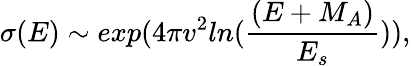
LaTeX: \sigma(E)\sim exp(4\pi v^{2}ln(\frac{(E+M_{A})}{E_{s}})),